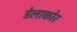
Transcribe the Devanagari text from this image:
डेलाकोर